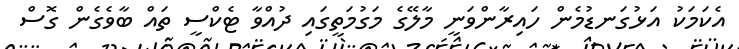
އެކަމަކު އަޅުގަނޑުމެން ހައިރާންވަނީ މާލޭގެ މަގުމަތީގައި ދުއްވާ ޓެކްސީ ތައް ބާވެގެން ގޮސް